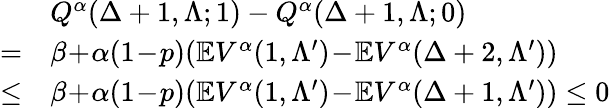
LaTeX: \begin{array}{rl}&{Q^{\alpha}(\Delta+1,\Lambda;1)-Q^{\alpha}(\Delta+1,\Lambda;0)}\\ {=}&{\beta\! +\! \alpha(1\! -\! p)(\mathbb{E}V^{\alpha}(1,\Lambda^{\prime})\! -\! \mathbb{E}V^{\alpha}(\Delta+2,\Lambda^{\prime}))}\\ {\leq}&{\beta\! +\! \alpha(1\! -\! p)(\mathbb{E}V^{\alpha}(1,\Lambda^{\prime})\! -\! \mathbb{E}V^{\alpha}(\Delta+1,\Lambda^{\prime}))\leq 0}\end{array}